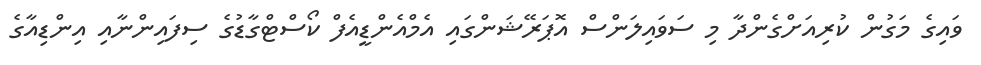
ވައިގެ މަގުން ކުރިއަށްގެންދާ މި ސަވައިލަންސް އޮޕަރޭޝަންގައި އެމްއެންޑީއެފް ކޯސްޓްގާޑުގެ ސިފައިންނާއި އިންޑިއާގެ